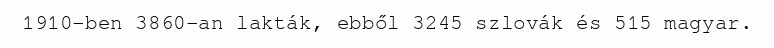
1910-ben 3860-an lakták, ebből 3245 szlovák és 515 magyar.